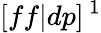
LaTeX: [ff|dp]\, ^{1}